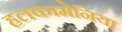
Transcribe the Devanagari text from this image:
हलकामेनिया